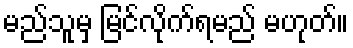
မည်သူမှ မြင်လိုက်ရမည် မဟုတ်။